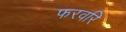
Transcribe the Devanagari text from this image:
फरवरि